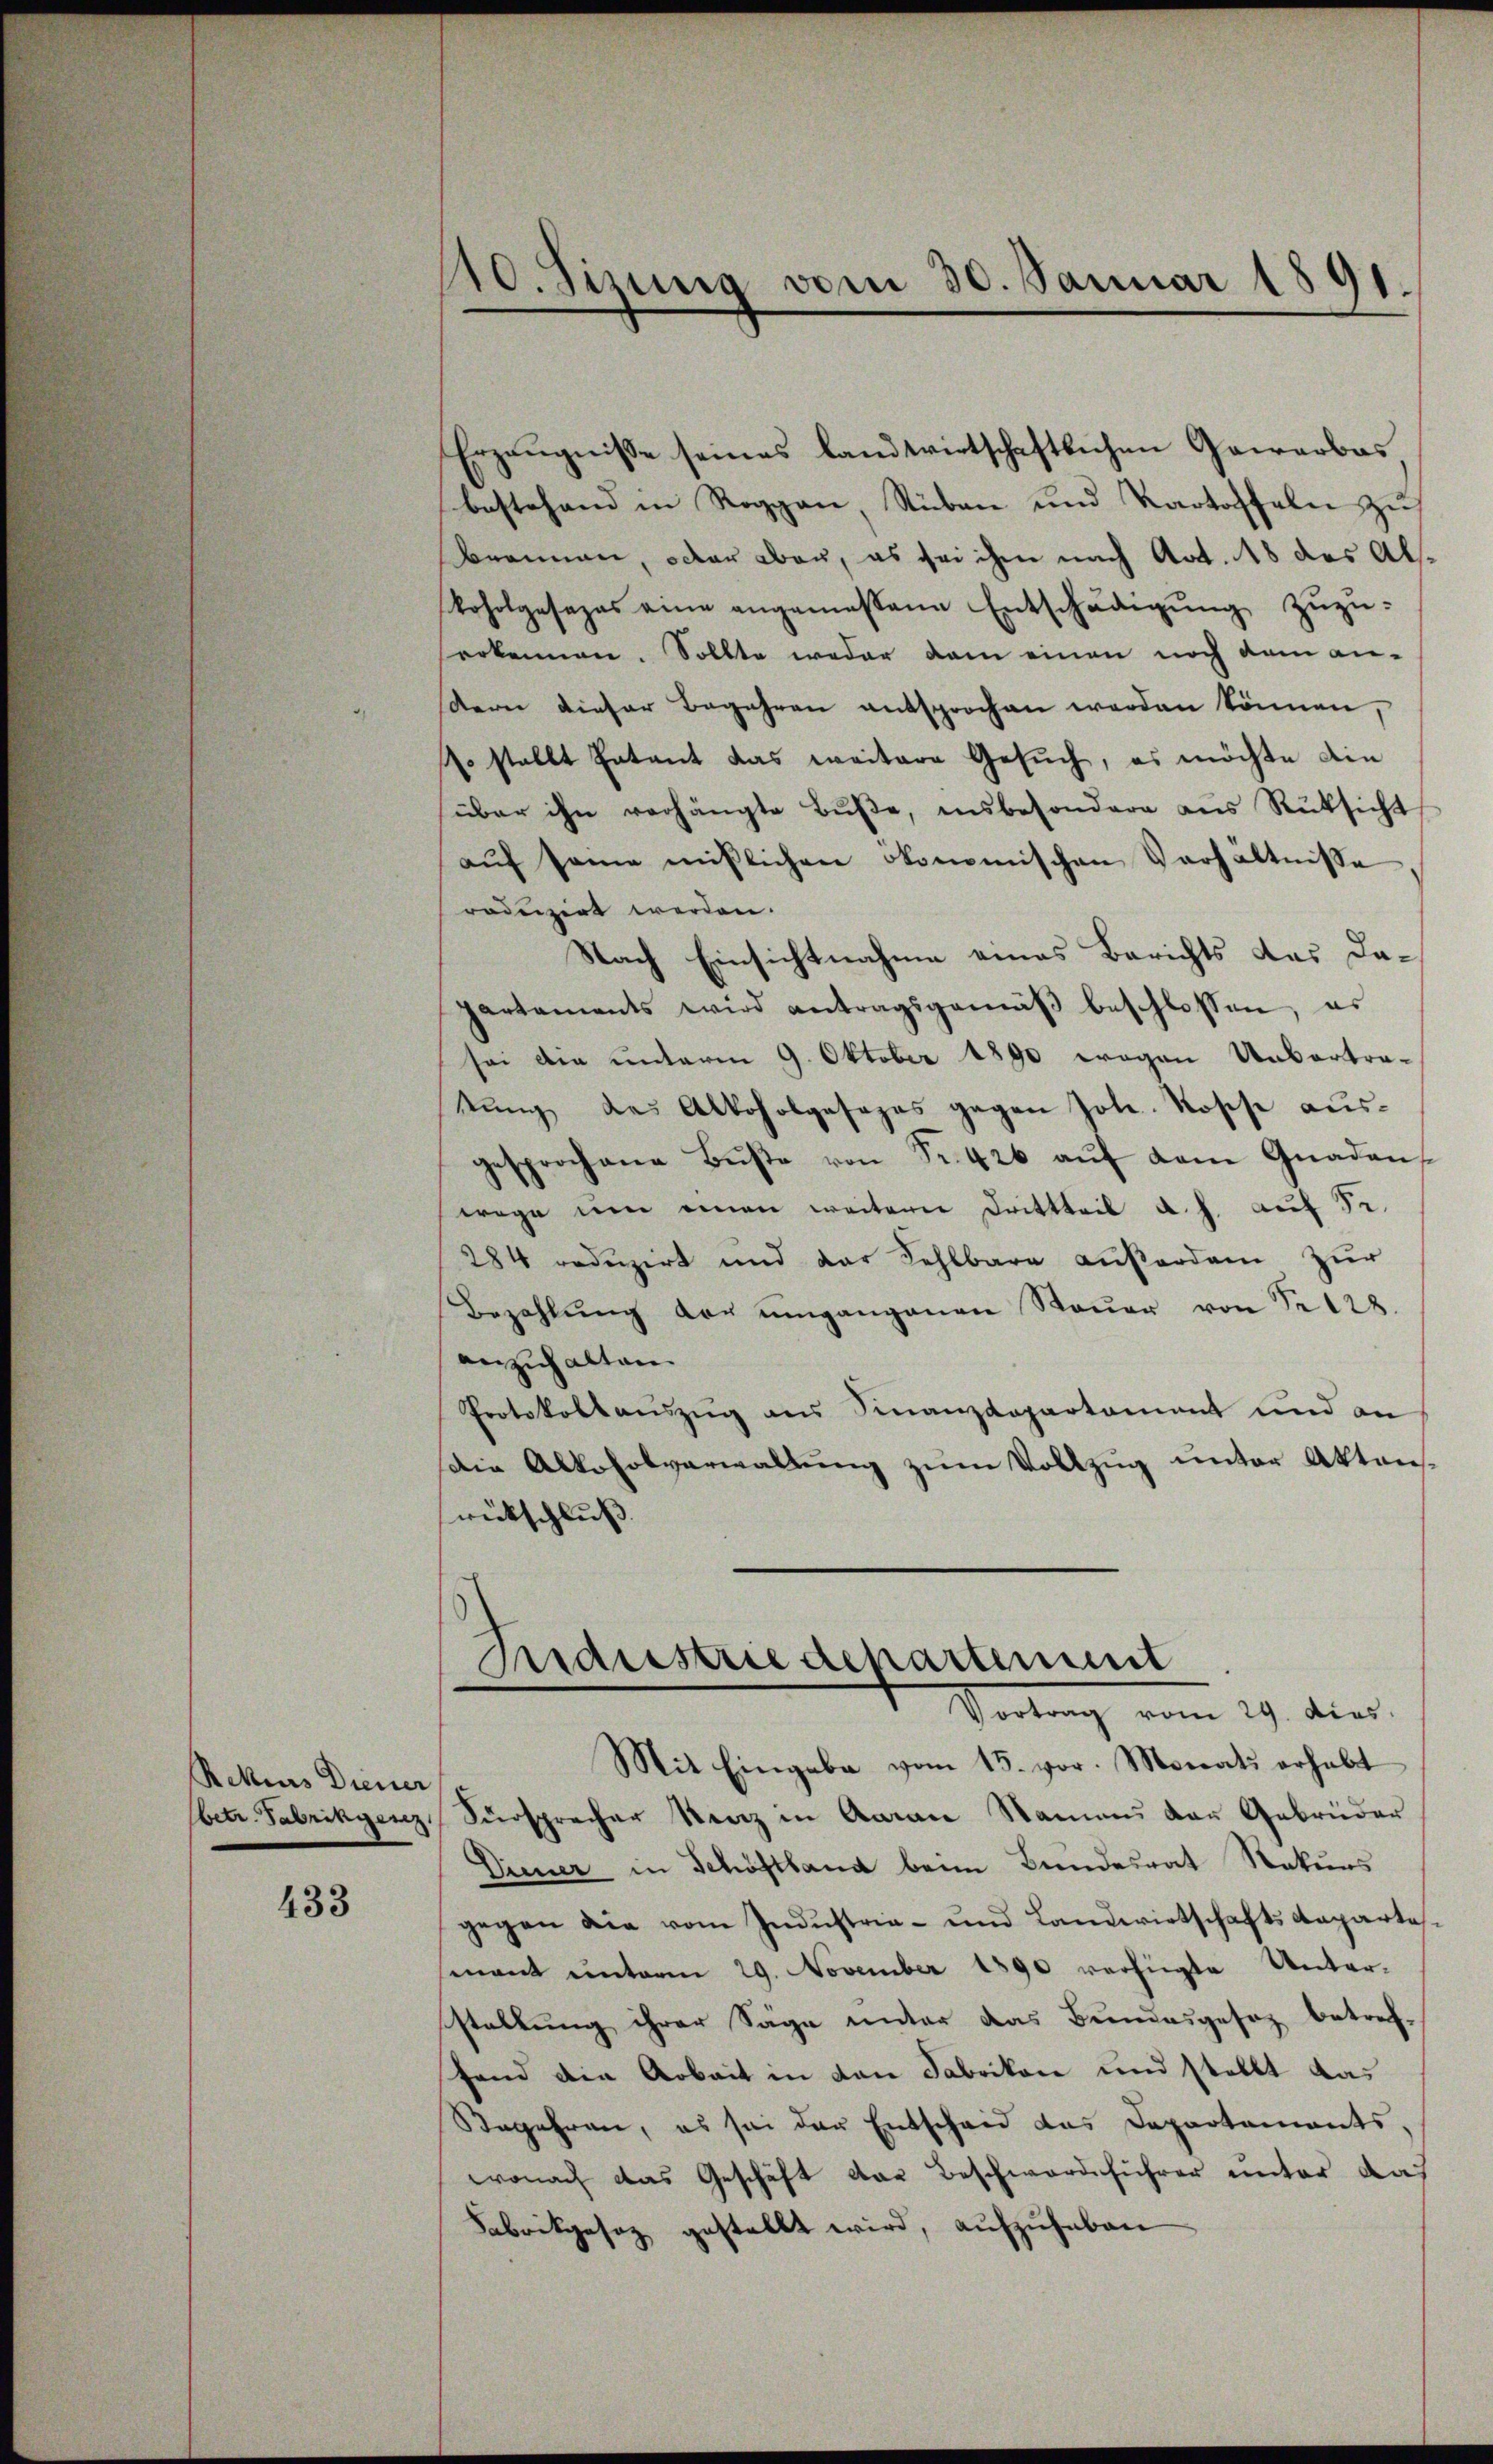
Rekurs Diener

433

Erzeugnisse seines landwirtschaftlichen Gewerbes
bestehend in Roggen, Stuben und Kartoffeln zu
brennen, oder aber, es sei ihm nach Art. 18 des Alkoholgesezes eine angemessene Entschädigŭng zŭzŭ-
serkennen. Sollte weder dem einen noch dem an-
Kerne dieser Begehren entsprochen werden können,
so stellt Entant das weitere Gesuch, es möchte din
über ihn verhängte Buße, insbesondere aus Rüksicht
aŭf seine mißlichen ökonomischen Verhältnisse
roduzirt werden.
Nach Einsichtnahme eines Berichts das Dapartements wird antragsgemäβ beschlossen, es
sei die unterm 9. Oktober 1890 wegen Uebertratŭng das Alkoholgesezes gegen Joh. Rosse ausgesprochene Buße von Fr. 426 auf dem Gnaden
wege um einen weitern Drittteil a. h. auf Se
284 reduzirt und der Kehlbare außerdam zur
Bezahlŭng der umgangenen Steŭer von Nr 128.
anzuhalten.
Protokollauszug aus Finanzdepartament und an
Die Alkoholverwaltung zum Vollzug unter Aktensrückschluss. |

110. Sizung vom 30. Januar 1891.

betr. Fabrikyenz, Fürsprecher Stenz in Aarau Namens der Gebrüder
Diener in Schöstland beim Bundesrat Nakuns
gegen die vom Industria- und Landwirtschafts Anparte
senant unterm 29. November 1890 verfügte Unter-
stellung ihrer Säge unter das Bundesgesez betref-
fand die Arbeit in den Fabrikon und stellt das
Begehren, es sei der Entscheid das Departaments,
wonach das Geschäft das Beschwerdeführer unter das
Fabrikgesez gestellt wird, aufzuheben

Industrie departement
Portung vom 29. die
Mit Eingabe vom 15. vor. Monats erhabt